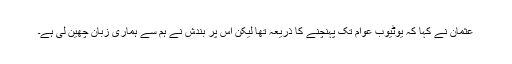
عثمان نے کہا کہ یوٹیوب عوام تک پہنچنے کا ذریعہ تھا لیکن اس پر بندش نے ہم سے ہماری زبان چھین لی ہے۔